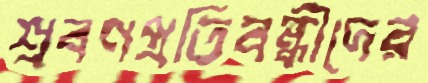
শ্রবণপ্রতিবন্ধীদের